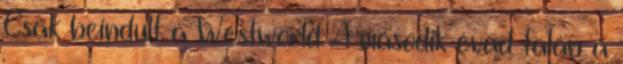
Csak beindult a Westworld A második évad talán a